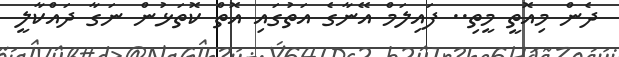
ދެން މިއޮތީ މީތި.. ފައިލަމް އޭނާގެ އަތުގައި އޮތް ކޮތަޅުން ނަގާ ދައްކާލީ